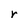
Character: r